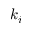
k _ { i }